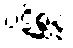
ပဋိစ္ဆန္နံ